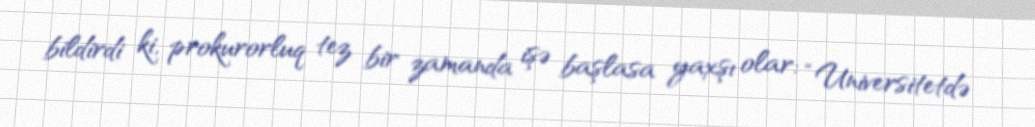
bildirdi ki, prokurorluq tez bir zamanda işə başlasa yaxşı olar: “Universitetdə